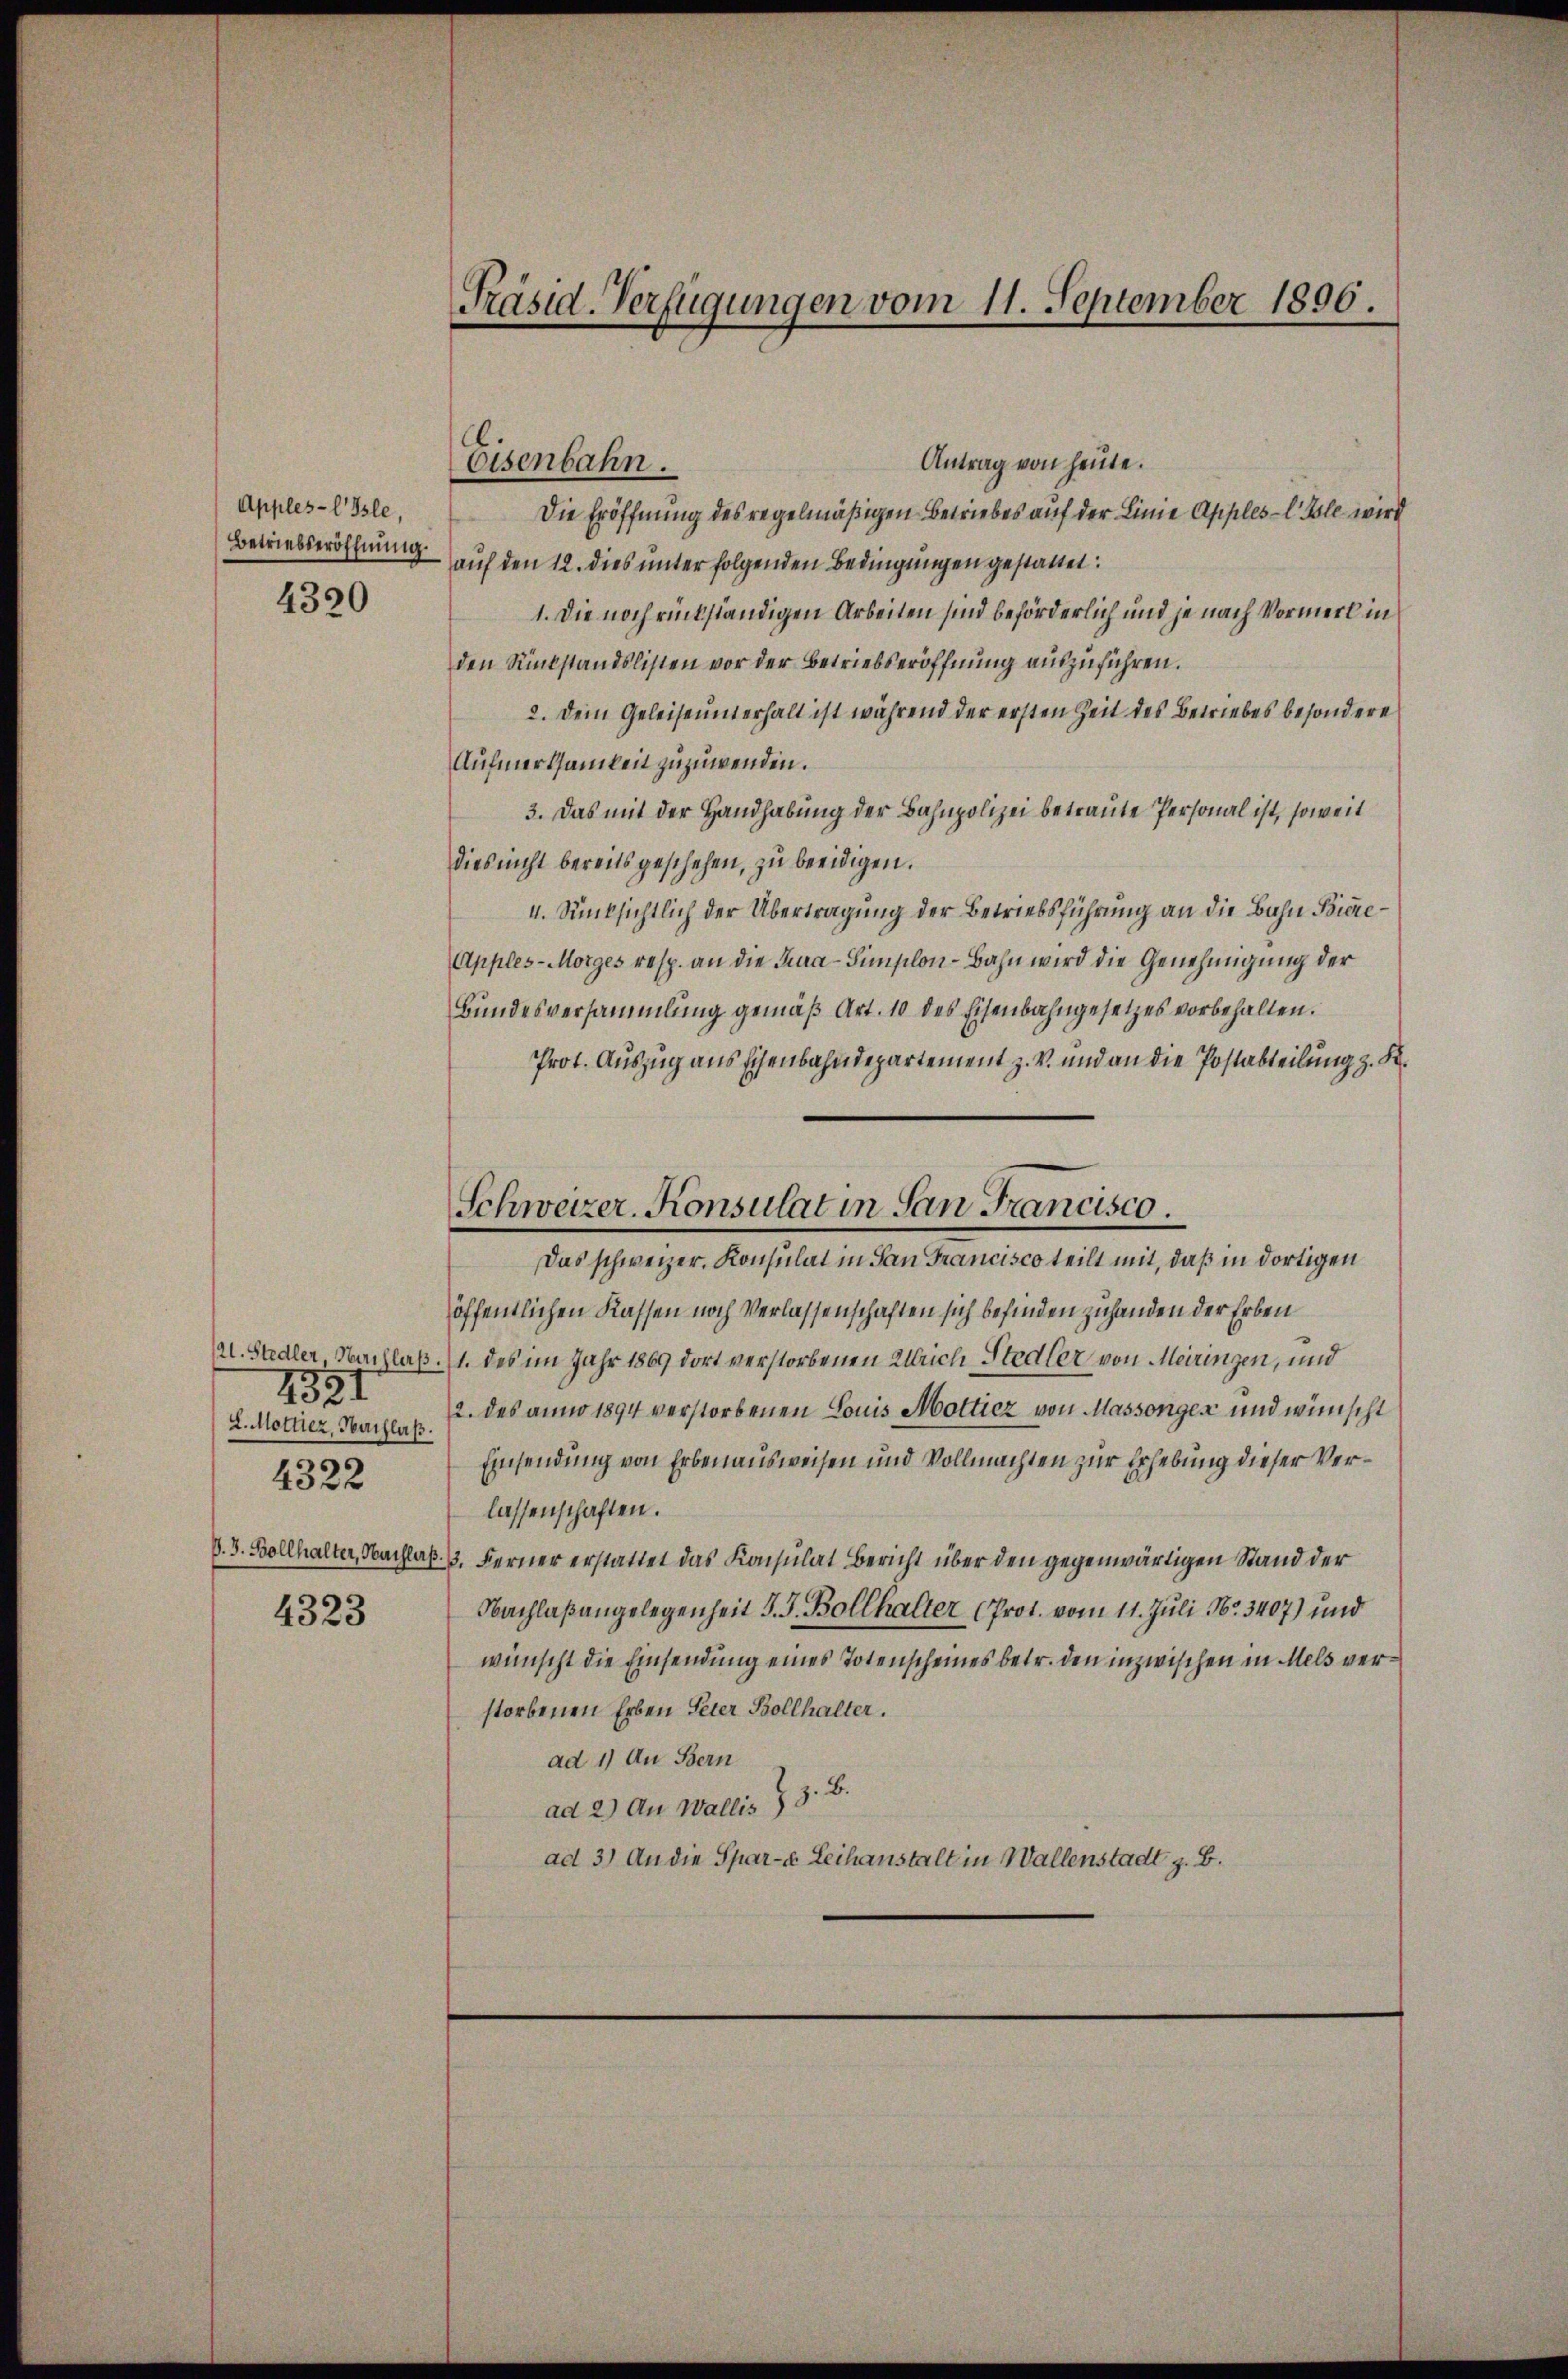
Apples-EIsle,
Betriebseröffnung
4320

121. Stadler, Nachlaß
1821
L. Mottier, Nachlaß.
4322
D. J. Bollhalter, Nachlaß
4323

Präsid-Verfügungen vom 11. September 1896.

Eisenbahn.

Antrag von heute.
Die Eröffnung des regelmäßigen Betriebes auf der Linie Apples l. Gole wird
auf den 12. dies unter folgenden Bedingungen gestattet:
1. Die noch rückständigen Arbeiten sind beförderlich und je nach Vormerl in
den Rükstandslisten vor der Betriebseröffnung auszuführen.
2. Dein Geleiseunterhalt ist während der ersten Zeit des Betriebes besondere
Aufmerksamkeit zuzuwenden.
3. Das mit der Handhabung der Bahnpolizei betraute Personal ist, soweit
dies nicht bereits geschehen, zu beeidigen.
4. Rücksichtlich der Übertragung der Betriebsführung an die Bahn Biere¬
Apples-Morges resp. an die Laa-Simplon-Bahn wird die Genehmigung der
Bundesversammlung gemäß Art. 10 des Eisenbahngesetzes vorbehalten.
Prot. Auszug aus Eisenbahndepartement z. V. und an die Postabteilung z. B.
Das schweizer. Konsulat in San Francisco teilt mit, daß in dortigen
öffentlichen Kassen noch Verlassenschaften sich befinden zuhanden der Erben
1. des im Jahr 1869 dort verstorbenen Ulrich Stadler von Meiringen, und
2. des anno 1894 verstorbenen Louis Mottiez von Massonges und wünscht
Einsendung von Erbenausweisen und Vollmachten zur Erhebung dieser Verlassenschaften.
3. Ferner erstattet das Konsulat Bericht über den gegenwärtigen Stand der
Nachlaßangelegenheit J. J. Bollhalter (Prot. vom 11. Juli No 3407) und
wünscht die Einsendung eines Totenscheines betr. den inzwischen in Mels verstorbenen Erben Peter Bollhalter.
ad 1) An Bern
ad 2.) An Wallis 13. B.
ad 3.) An die Spar-a Leihanstalt in Wallenstadt z. B.

Schweizer. Konsulat in San Francisco